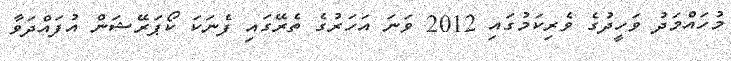
މުހައްމަދު ވަހީދުގެ ވެރިކަމުގައި 2012 ވަނަ އަހަރުގެ ތެރޭގައި ފެނަކަ ކޯޕަރޭޝަން އުފައްދަވާ